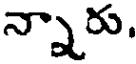
న్నారు.